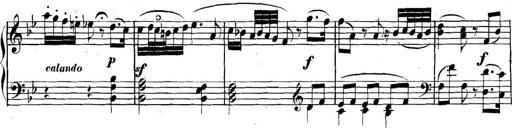
Title: Collected Piano Sonatas
Composer: Muzio Clementi